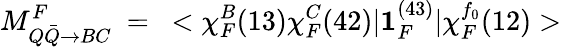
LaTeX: M_{Q\bar{Q}\rightarrow BC}^{F}~=~<\chi_{F}^{B}(13)\chi_{F}^{C}(42)|{\mathbf{1}}_{F}^{(43)}|\chi_{F}^{f_{0}}(12)>